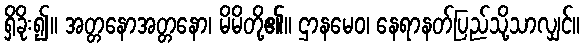
ရှိခိုး၍။ အတ္တနောအတ္တနော၊ မိမိတို့၏။ ဌာနမေဝ၊ နေရာနတ်ပြည်သို့သာလျှင်။